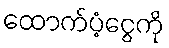
ထောက်ပံ့ငွေကို